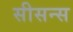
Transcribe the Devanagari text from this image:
सीसन्स